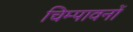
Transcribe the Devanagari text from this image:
चिम्पावनों